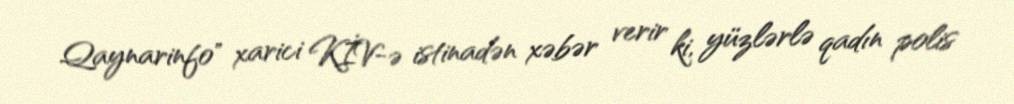
Qaynarinfo" xarici KİV-ə istinadən xəbər verir ki, yüzlərlə qadın polis